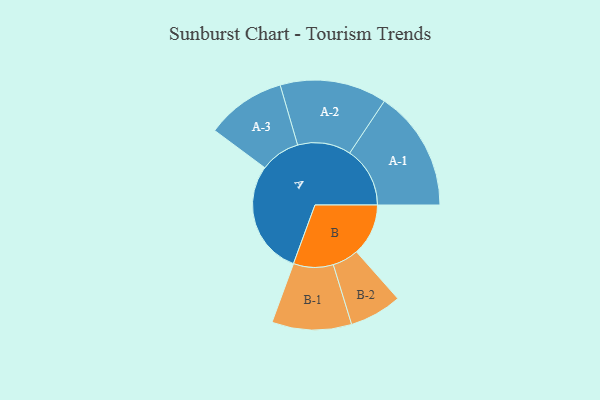
{"axis": {"x": "Segment", "y": "Value"}, "legend": ["", "A", "B"], "data": [{"x": "A", "y": 435, "type": ""}, {"x": "B", "y": 198, "type": ""}, {"x": "A-1", "y": 230, "type": "A"}, {"x": "A-2", "y": 204, "type": "A"}, {"x": "A-3", "y": 152, "type": "A"}, {"x": "B-1", "y": 152, "type": "B"}, {"x": "B-2", "y": 100, "type": "B"}]}